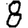
Digit: 8